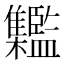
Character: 𩁱